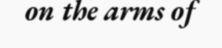
on the arms of